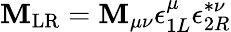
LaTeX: {\cal\mathbf{M}}_{\mathrm{{LR}}}=\mathbf{M}_{\mu\nu}\epsilon_{1L}^{\mu}\epsilon_{2R}^{*\nu}